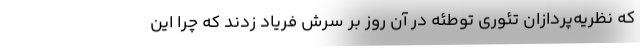
که نظریه‌پردازان تئوری توطئه در آن روز بر سرش فریاد زدند که چرا این